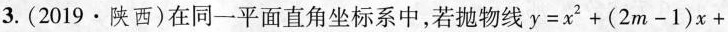
3.(2019·陕西)在同一平面直角坐标系中，若抛物线 $$ y = x^{2} + (2m - 1)x +